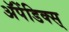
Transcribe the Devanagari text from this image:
अॅपेंडिक्स्